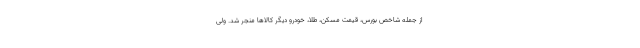
از جمله شاخص بورس، قیمت مسکن، طلا، خودرو دیگر کالاها منجر شد. ولی